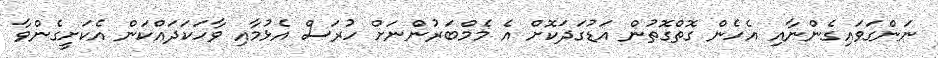
ނަންގަވައިގެންނާއި އެހެން ގޮތްގޮތުން އަޑުގަދަކޮށް އެ މެމްބަރުންނަށް ހުރަސް އެޅުމާއި ވާހަކަދައްކަން އެކަށީގެންވާ